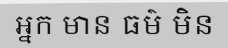
អ្នក មាន ធម៌ មិន